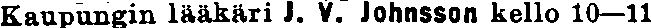
Kaupungin lääkäri J. V. Johnsson kello 10—11